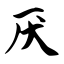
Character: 厌